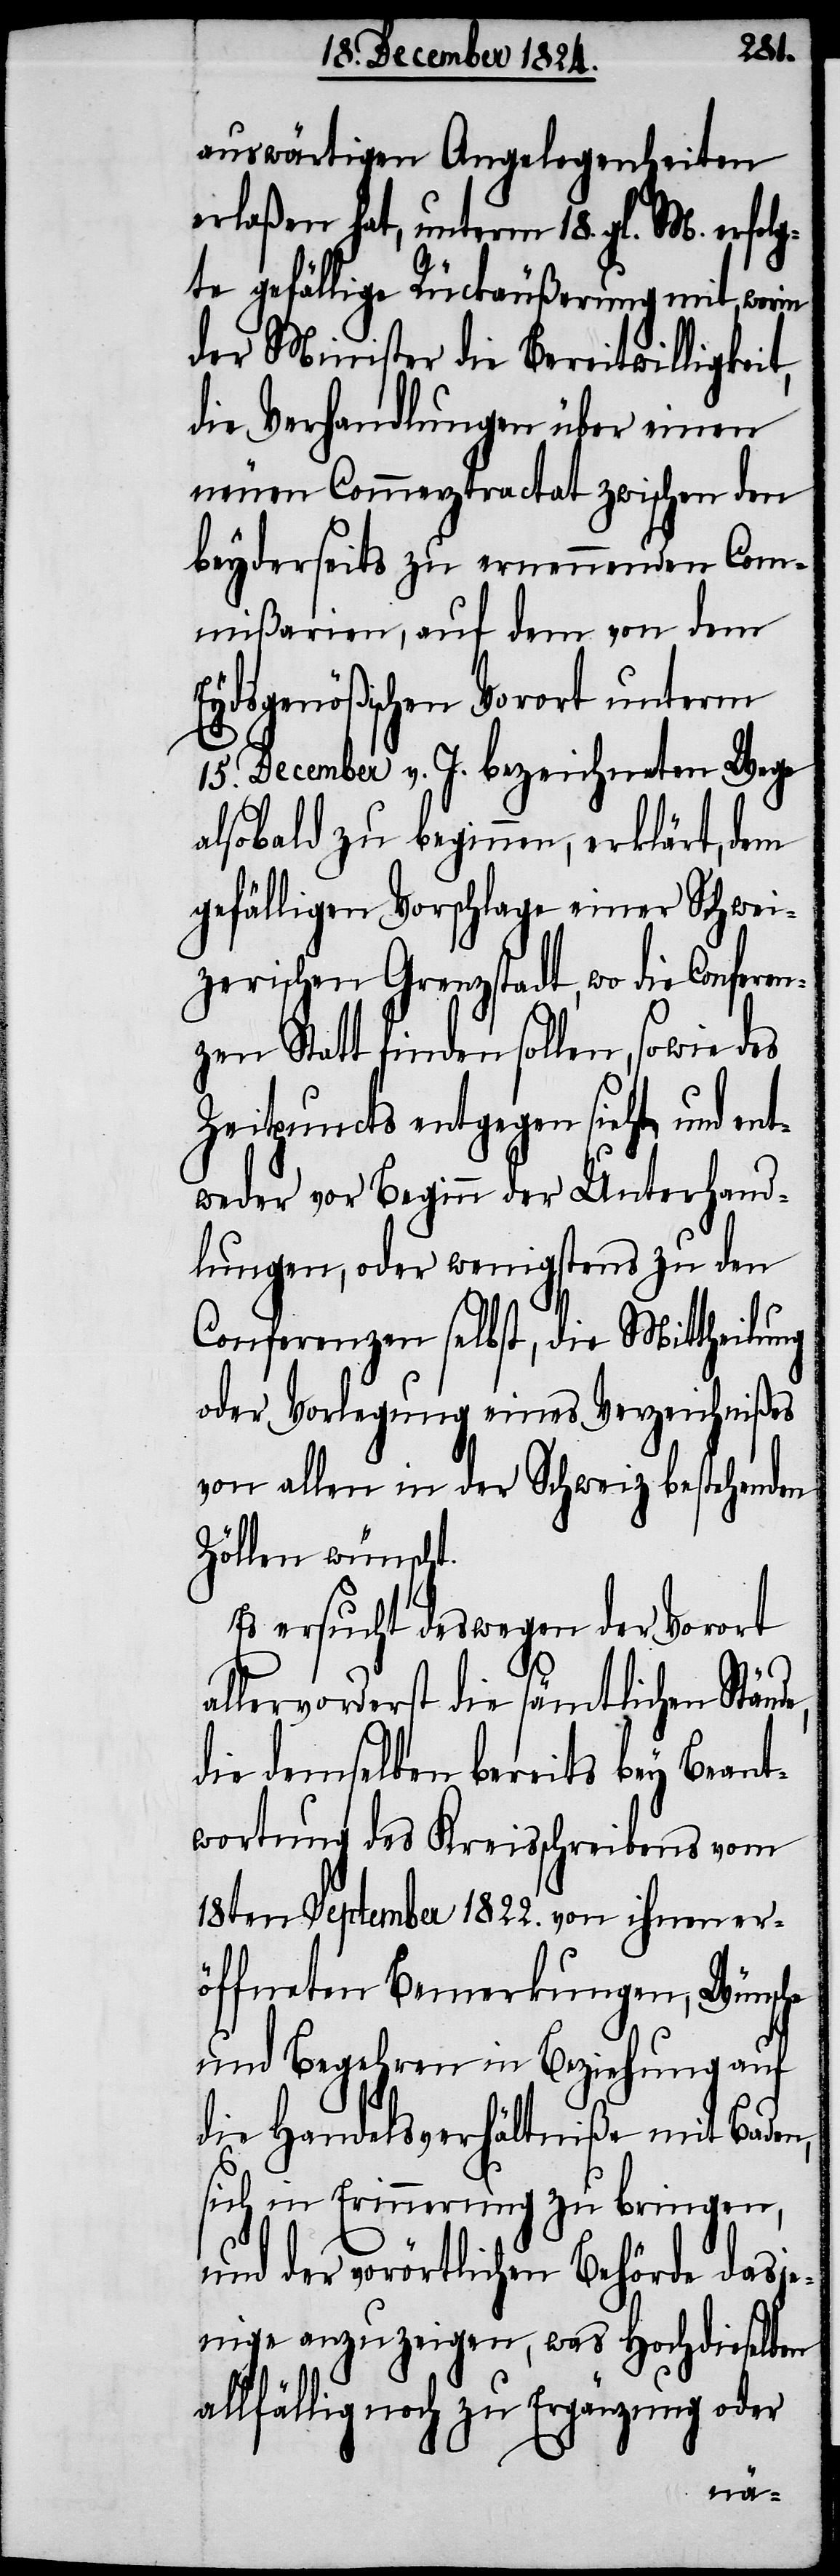
auswärtigen Angelegenheiten
erlaßen hat, unterm 18. gl. M. erfolg¬
te gefällige Rückäußerung mit, worin
der Minister die Bereitwilligkeit,
die Verhandlungen über einen
neuen Commerztractat zwischen den
beyderseits zu ernennenden Com¬
mißarien, auf dem von dem
Eydsgenößischen Vorort unterm
15. December v. J. bezeichneten Wege
alsobald zu beginnen, erklärt, dem
gefälligen Vorschlage einer Schwei¬
zerischen Grenzstadt, wo die Conferen¬
zen Statt finden sollen, sowie des
Zeitpuncts entgegen sieht, und en¬
tweder vor Beginn der Unterhand¬
lungen, oder wenigstens zu den
Conferenzen selbst, die Mittheilung
oder Vorlegung eines Verzeichnißes
von allen in der Schweiz bestehenden
Zöllen wünscht.
Es ersucht deswegen der Vorort
allervorderst die sämtlichen Stände,
die demselben bereits bey Beant¬
wortung des Kreisschreibens vom
18ten September 1822. von ihnen er¬
öffneten Bemerkungen, Wünsche
und Begehren in Beziehung auf
die Handelsverhältniße mit Baden,
sich in Erinnerung zu bringen,
und der vorörtlichen Behörde dasje¬
nige anzuzeigen, was Hochdieselben
allfällig noch zu Ergänzung oder